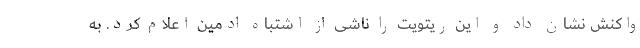
واکنش نشان داد و این ریتویت را ناشی از اشتباه ادمین اعلام کرد. به